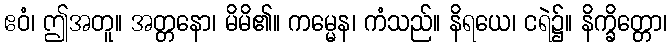
ဧဝံ၊ ဤအတူ။ အတ္တနော၊ မိမိ၏။ ကမ္မေန၊ ကံသည်။ နိရယေ၊ ငရဲ၌။ နိက္ခိတ္တော၊